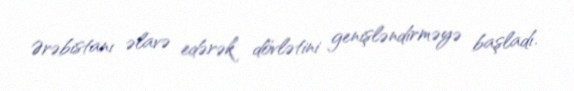
Ərəbistanı əlavə edərək dövlətini genişləndirməyə başladı.